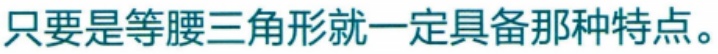
只要是等腰三角形就一定具备那种特点。